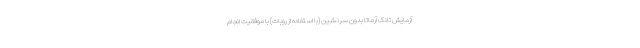
آزمایش تانک آرماتا بدون سرنشین (با استفاده از روبات) با موفقیت انجام